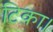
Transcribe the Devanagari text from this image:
टिका।